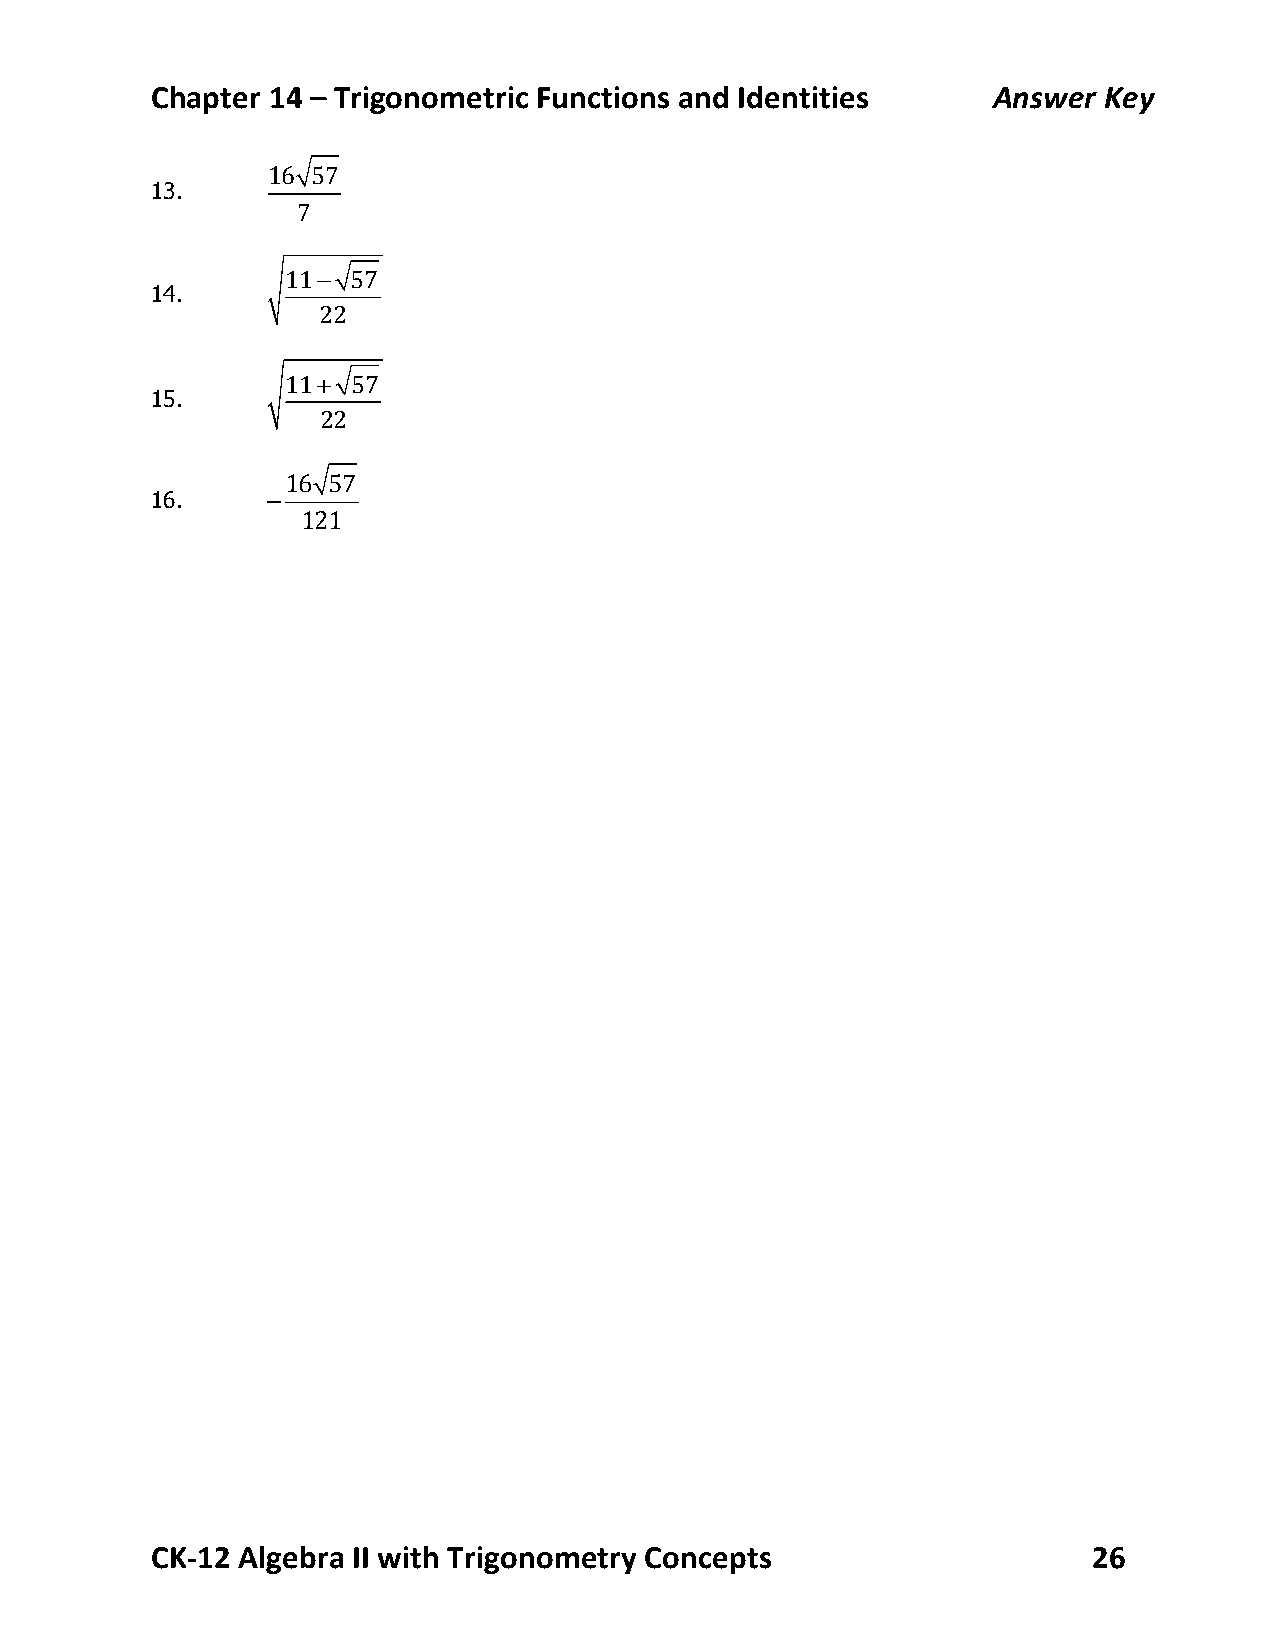
Chapter 14 – Trigonometric Functions and Identities     Answer Key
 16 57
 13.
 7
 11− 57
 14.
 22
 11+ 57
 15.
 22
 16 57
 16.     −
 121
 CK-­‐12 Algebra II with Trigonometry Concepts                 26